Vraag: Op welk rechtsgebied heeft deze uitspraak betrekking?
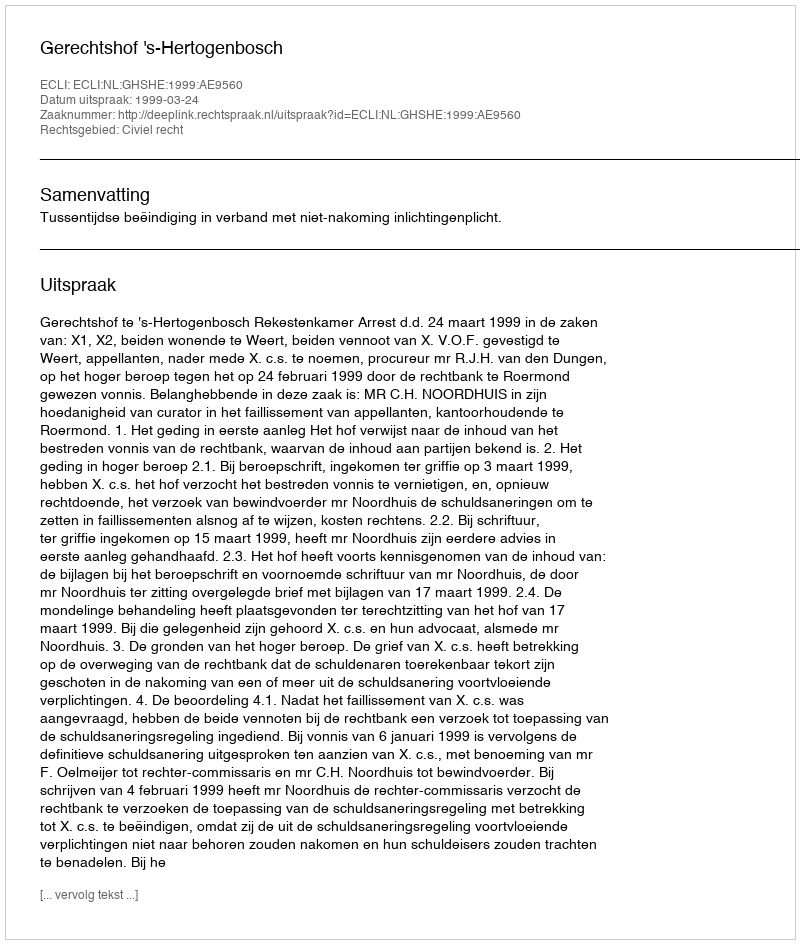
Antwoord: Civiel recht